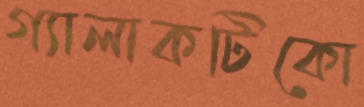
গ্যালাকটিকো